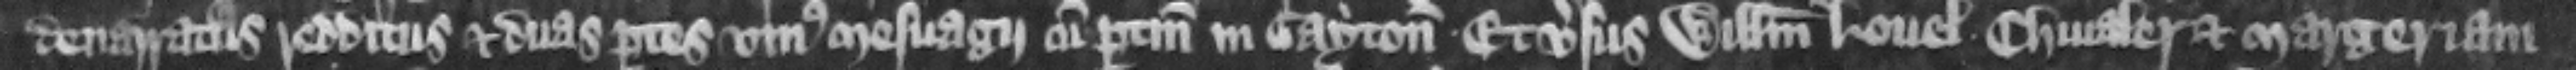
denarratas redditus et duas partes vnius mesuagii cum pertinenciis in Gayton et versus Willelmum Louel chiualer et Margeriam